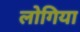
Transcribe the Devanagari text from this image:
लोगिया